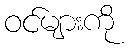
ဝင်များကို